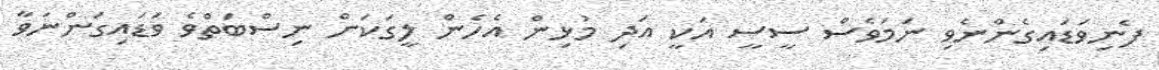
ފެނިވަޑައިގެންނެވި ނަމަވެސް ސީސީ އަކީ އަދި މުޅިން އެހެން ލީގަކަށް ނިސްބަތްވެ ވަޑައިގަންނަވާ